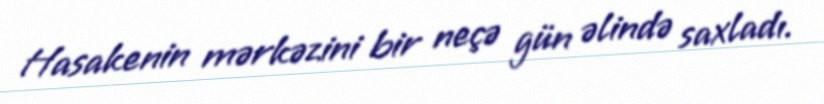
Hasakenin mərkəzini bir neçə gün əlində saxladı.